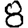
Digit: 8